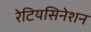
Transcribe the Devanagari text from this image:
रेटियसिनेशन